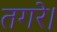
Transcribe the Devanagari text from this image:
तगरे।